Indian journal of veterinary science and animal husbandry - Volumes 18-21, 1948-1951
Year: 1948
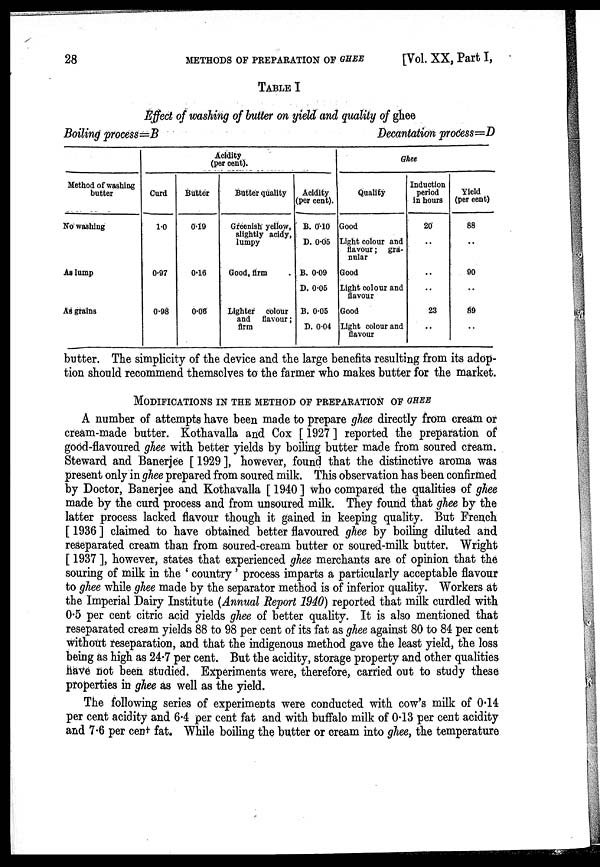
28
METHODS OF PREPARATION OF
GHEE
[Vol. XX, Part I,
TABLE I
Effect of washing of butter on yield and quality of ghee
Boiling process=B
Decantation process=D
Method of washing
butter
No washing
As lump
As grains
Acidity
(per cent).
Curd
1.0
0.97
0.98
Butter
0.19
0.16
0.06
Butter quality
Greenish yellow,
slightly acidy,
lumpy
Good, firm .
Lighter
colour
and flavour ;
firm
Acidity
(per cent).
B. 0.10
D. 0.05
B. 0.09
D. 0.05
B. 0.05
D. 0.04
Ghee
Quality
Good
Light colour and
flavour ; gra-
nular
Good
Light colour and
flavour
Good
Light colour and
flavour
Induction
period
in hours
20
..
..
..
23
..
Yield
(per cent)
88
..
90
..
89
..
butter. The simplicity of the device and the large benefits resulting from its adop-
tion should recommend themselves to the farmer who makes butter for the market.
MODIFICATIONS IN THE METHOD OF PREPARATION OF GHEE
A number of attempts have been made to prepare ghee directly from cream or
cream-made butter. Kothavalla and Cox [ 1927 ] reported the preparation of
good-flavoured ghee with better yields by boiling butter made from soured cream.
Steward and Banerjee [ 1929 ], however, found that the distinctive aroma was
present only in ghee prepared from soured milk. This observation has been confirmed
by Doctor, Banerjee and Kothavalla [ 1940 ] who compared the qualities of ghee
made by the curd process and from unsoured milk. They found that ghee by the
latter process lacked flavour though it gained in keeping quality. But French
[ 1936 ] claimed to have obtained better flavoured ghee by boiling diluted and
reseparated cream than from soured-cream butter or soured-milk butter. Wright
[ 1937 ], however, states that experienced ghee merchants are of opinion that the
souring of milk in the ' country ' process imparts a particularly acceptable flavour
to ghee while ghee made by the separator method is of inferior quality. Workers at
the Imperial Dairy Institute (Annual Report 1940) reported that milk curdled with
0.5
reseparated cream yields 88 to 98 per cent of its fat as ghee against 80 to 84 per cent
without reseparation, and that the indigenous method gave the least yield, the loss
being as high as 24.7 per cent. But the acidity, storage property and other qualities
have not been studied. Experiments were, therefore, carried out to study these
properties in ghee as well as the yield.
The following series of experiments were conducted with cow's milk of 0.14
per cent acidity and 6.4 per cent fat and with buffalo milk of 0.13 per cent acidity
and 7.6 per cent fat. While boiling the butter or cream into ghee, the temperature